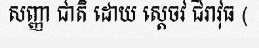
សញ្ញា ជាតិ ដោយ ស្តេចវ ជិរាវុធ (